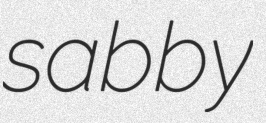
sabby